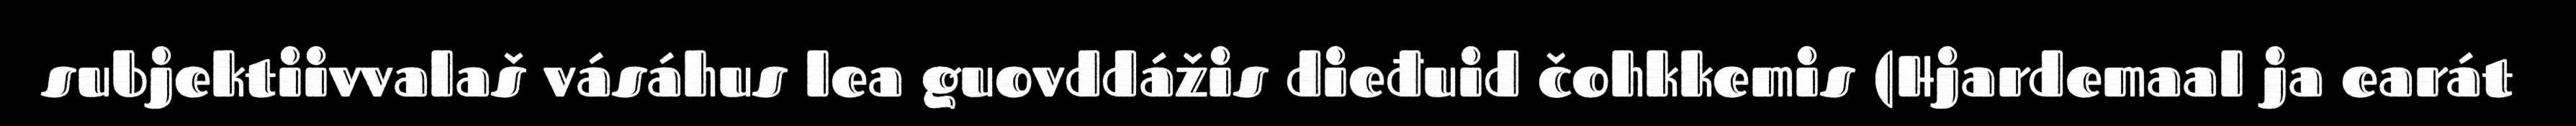
subjektiivvalaš vásáhus lea guovddážis dieđuid čohkkemis (Hjardemaal ja earát